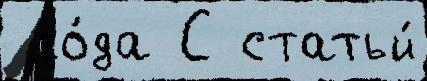
 го́да С статьи́